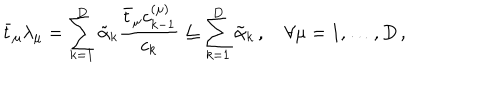
LaTeX: \bar { t } _ { \mu } \lambda _ { \mu } = \sum _ { k = 1 } ^ { D } \tilde { \alpha } _ { k } \frac { \bar { t } _ { \mu } c _ { k - 1 } ^ { ( \mu ) } } { c _ { k } } \leq \sum _ { k = 1 } ^ { D } \tilde { \alpha } _ { k } \, , \quad \forall \mu = 1 , \ldots , D \, ,